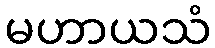
မဟာယသံ